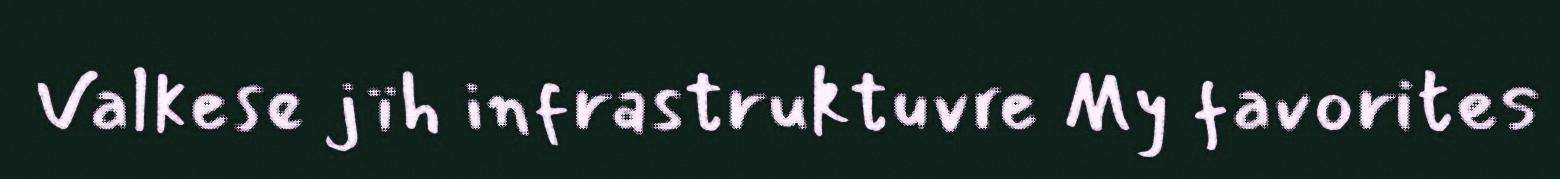
Valkese jïh infrastruktuvre My favorites